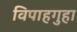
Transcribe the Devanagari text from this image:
विपाहगुहा